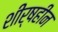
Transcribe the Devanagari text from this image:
शीर्षहीन